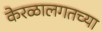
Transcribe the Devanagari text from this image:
केरळालगतच्या